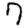
Digit: 7